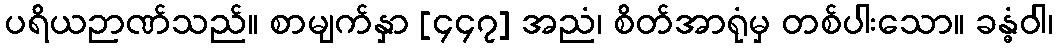
ပရိယဉာဏ်သည်။ စာမျက်နှာ [၄၄၇] အညံ၊ စိတ်အာရုံမှ တစ်ပါးသော။ ခန္ဓံဝါ၊